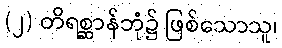
(၂) တိရစ္ဆာန်ဘုံ၌ ဖြစ်သောသူ၊